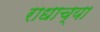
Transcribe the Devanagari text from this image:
राधाच्या